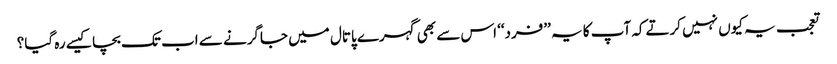
تعجب یہ کیوں نہیں کرتےکہ آپ کا یہ ’’فرد‘‘ اس سے بھی گہرے پاتال میں جاگرنے سے اب تک بچا کیسے رہ گیا؟